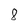
Character: 8